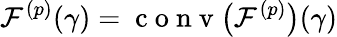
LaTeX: \mathcal{F}^{(p)}(\gamma)=\mathrm{~c~o~n~v~}\big(\mathcal{F}^{(p)}\big)(\gamma)